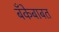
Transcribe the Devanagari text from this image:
बँकेबाबत